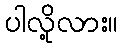
ပါလို့လား။